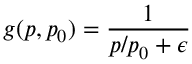
g ( p , p _ { 0 } ) = \frac { 1 } { p / p _ { 0 } + \epsilon }